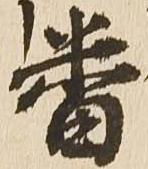
番